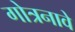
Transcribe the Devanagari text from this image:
गोत्रनावे